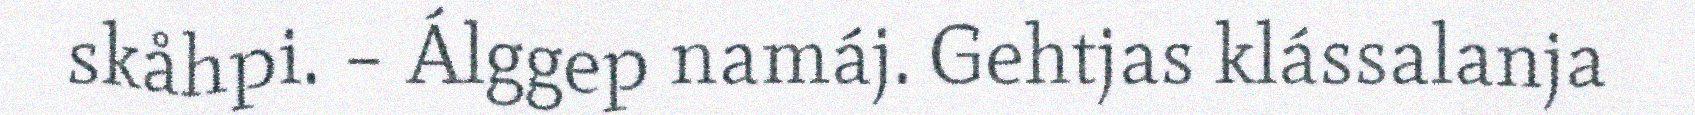
skåhpi. – Álggep namáj. Gehtjas klássalanja